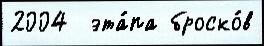
2004  эта́па броско́в